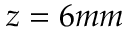
z = 6 m m